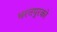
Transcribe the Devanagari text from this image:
भरतपुरको